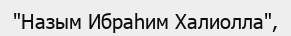
"Назым Ибраһим Халиолла",